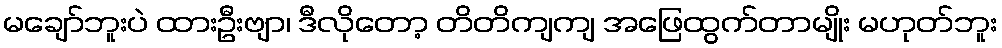
မချော်ဘူးပဲ ထားဦးဗျာ၊ ဒီလိုတော့ တိတိကျကျ အဖြေထွက်တာမျိုး မဟုတ်ဘူး